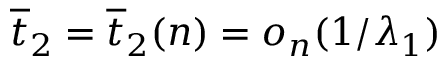
\overline { { t } } _ { 2 } = \overline { { t } } _ { 2 } ( n ) = o _ { n } ( 1 / \lambda _ { 1 } )